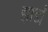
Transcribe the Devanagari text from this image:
झाडों